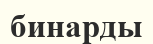
бинарды